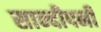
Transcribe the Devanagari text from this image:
सान्दीपनी